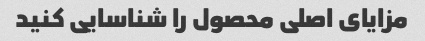
مزایای اصلی محصول را شناسایی کنید